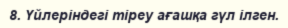
8. Үйлеріндегі тіреу ағашқа гүл ілген.